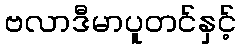
ဗလာဒီမာပူတင်နှင့်